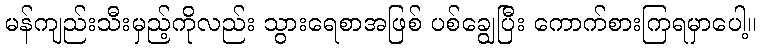
မန်ကျည်းသီးမှည့်ကိုလည်း သွားရေစာအဖြစ် ပစ်ချွေပြီး ကောက်စားကြရမှာပေါ့။